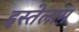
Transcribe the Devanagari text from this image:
इस्तेलाम